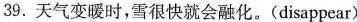
39.天气变暖时,雪很快就会融化.(disappear)